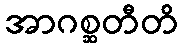
အာဂစ္ဆတီတိ